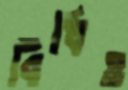
বিঁধিও